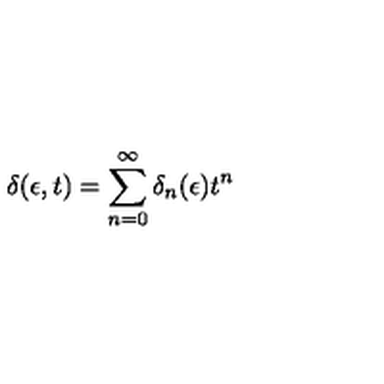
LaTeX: \delta ( \epsilon , t ) = \sum _ { n = 0 } ^ { \infty } \delta _ { n } ( \epsilon ) t ^ { n }